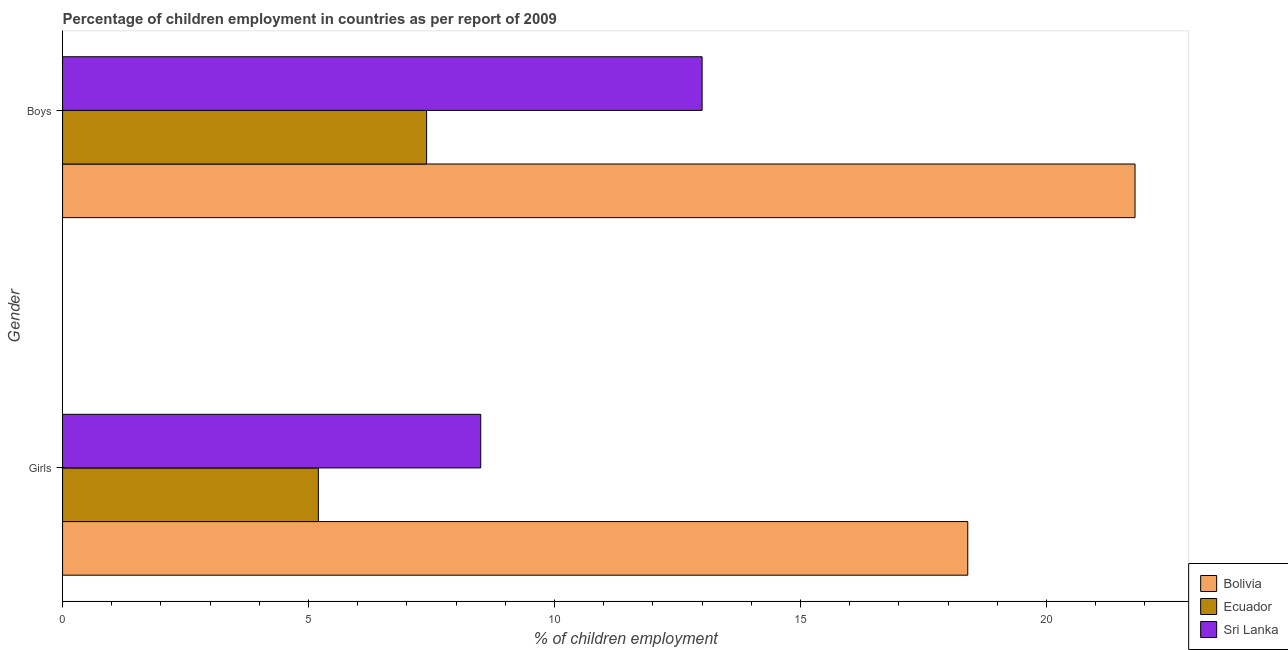
| Gender | Bolivia | Ecuador | Sri Lanka |
 | --- | --- | --- | --- |
 | Girls | 18.4 | 5.2 | 8.5 |
 | Boys | 21.8 | 7.4 | 13 |